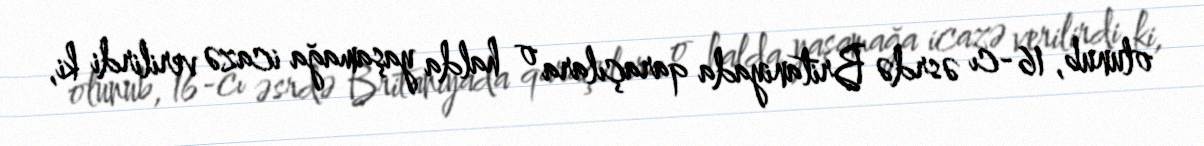
olunub, 16-cı əsrdə Britaniyada qaraçılara o halda yaşamağa icazə verilirdi ki,